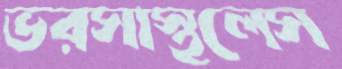
ভরসাস্থলেস